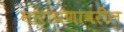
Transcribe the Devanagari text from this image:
नारायणावरील